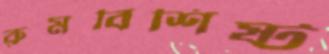
রুমবিশিষ্ট